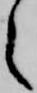
之